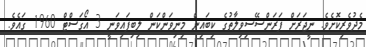
މެދުވެރިކޮށެވެ. ނީޖަރަށް ފަރަންސޭސިވިލާތުގެ ކިބައިން މިނިވަންކަން ލިބިފައިވަނީ 3 އޯގަސްޓް 1960 ގައެވެ.